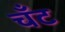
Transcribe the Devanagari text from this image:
चँट